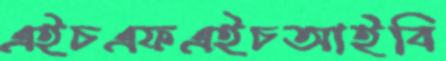
এইচএফএইচআইবি